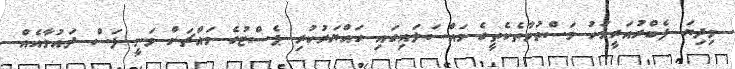
މިދިޔަ ފެބްރުއަރީމަހު މަސްތުވާތެކެތީގެ މައްސަލައިގައި ހައްޔަރުކުރި ޕެސްޓުގެ މައްޗަށް ވަނީ ފަސް ދައުވާއެއް